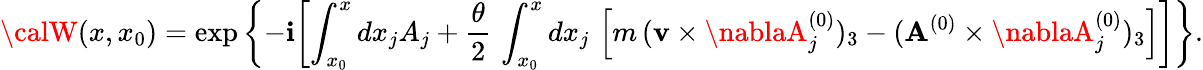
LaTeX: {\calW}(x,x_{0})=\exp\left\{ -\mathbf{i}\biggl[\int_{x_{0}}^{x}dx_{j}A_{j}+\frac{{\theta}}{{2}}\, \int_{x_{0}}^{x}dx_{j}\, \left[m\, ({\mathbf{v}}\times\nablaA_{j}^{(0)})_{3}-({\mathbf{A}^{(0)}}\times\nablaA_{j}^{(0)})_{3}\right]\biggr]\right\} .